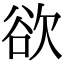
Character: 欲